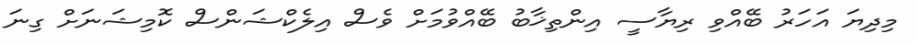
މިދިޔަ އަހަރު ބޭއްވި ރިޔާސީ އިންތިޚާބު ބޭއްވުމަށް ވެސް އިލެކްޝަންސް ކޮމިޝަނަށް ގިނަ